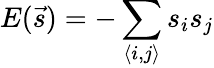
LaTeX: E(\vec{s})=-\sum_{\langle i,j\rangle}s_{i}s_{j}